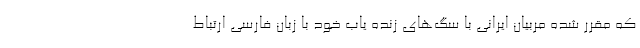
که مقرر شده مربیان ایرانی با سگ‌های زنده یاب خود با زبان فارسی ارتباط